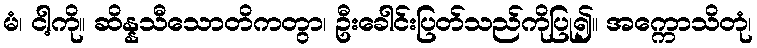
မံ၊ ငါ့ကို။ ဆိန္နသီသောတိကတွာ၊ ဦးခေါင်းပြတ်သည်ကိုပြု၍။ အက္ကောသိတုံ၊